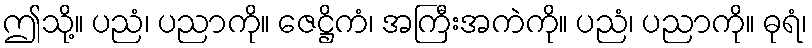
ဤသို့။ ပညံ၊ ပညာကို။ ဇေဋ္ဌိကံ၊ အကြီးအကဲကို။ ပညံ၊ ပညာကို။ ဓုရံ၊